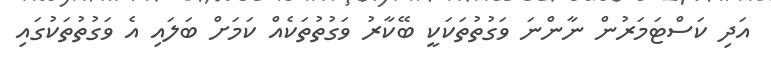
އަދި ކަސްޓަމަރުން ނާންނަ ވަގުތުތަކަކީ ބޭކާރު ވަގުތުތަކެއް ކަމަށް ބަލައި އެ ވަގުތުތަކުގައި